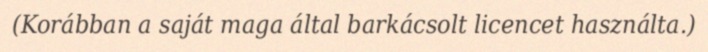
(Korábban a saját maga által barkácsolt licencet használta.)